system: You are a helpful assistant.
user:
Analyze the provided spectrum to determine if it is a **Carbon Star (C-type)**.

- **Key Visual Indicators of Carbon Star:**
    - **(Primary):** Strong molecular absorption from **C₂ (diatomic carbon) "Swan Bands."** This is the **defining feature** of a carbon star.
        - **(Key Bandheads):** Sharp absorption edges are visible at approximately $5635$ Å, $5165$ Å (the strongest band), and $4737$ Å.
        - **(Line Profile):** Creates a distinct **"saw-tooth"** pattern. The key morphology is a sharp, steep bandhead on the **red (long-wavelength) side**, which then gradually tapers off (i.e., flux recovers) towards the **blue (short-wavelength) side**. *(This is the direct opposite of the TiO bands seen in M-type stars)*.

    - **(Secondary):** Intense **CN (cyanogen)** molecular absorption bands.
        - **(Key Bandheads):** Located in the blue and violet regions of the spectrum (e.g., near $4215$ Å and $3883$ Å).
        - **(Morphology):** These bands are extremely broad and act as a "blanket," absorbing the vast majority of blue and violet light. This creates a characteristic **"cliff"** or **"steep drop-off"** in the spectrum's flux at short wavelengths.

    - **(Key Confirmation):** Strong **CH absorption band (G-band)**.
        - **(Key Bandhead):** Located around $4300$ Å. The contribution from CH molecules to this band is exceptionally strong.

    - **(Overall Spectrum):**
        - The continuum is severely "chopped up" by these deep molecular bands, especially C₂, rather than appearing as a smooth curve.
        - Due to the heavy CN and C₂ absorption in the blue-green, the vast majority of the star's flux is concentrated in the red part of the spectrum, giving the star its characteristic deep red color.

Think first, call **spectral_visualization_tool** if needed to examine features in detail, then provide your final answer. Your response must adhere to the following strict rules:
1.  **Overall Structure:** Your response must follow the format `<think>...</think> <tool_call>...</tool_call> (if a tool is used) <answer>...</answer>`.
2.  **Tool Usage Constraint:** You may only make **one** tool call per turn.
3.  **Final Answer Format:** In the `<answer>` tag, your conclusion must be inside a `\boxed{}` command (e.g., `\boxed{YES}`), followed by your justification.

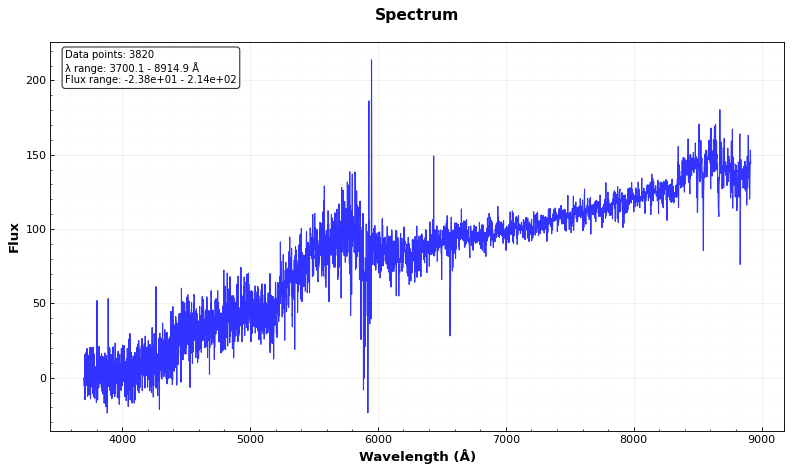
Answer: NO